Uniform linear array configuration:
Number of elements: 32
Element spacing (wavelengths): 0.75
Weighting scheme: hamming
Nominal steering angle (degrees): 15
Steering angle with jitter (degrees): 13.295
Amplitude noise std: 0.05
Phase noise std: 0.05

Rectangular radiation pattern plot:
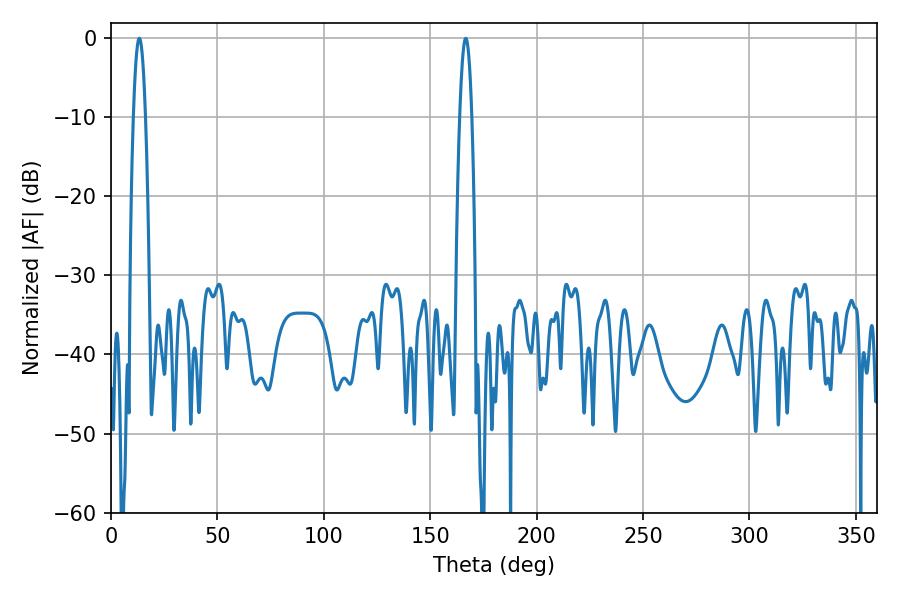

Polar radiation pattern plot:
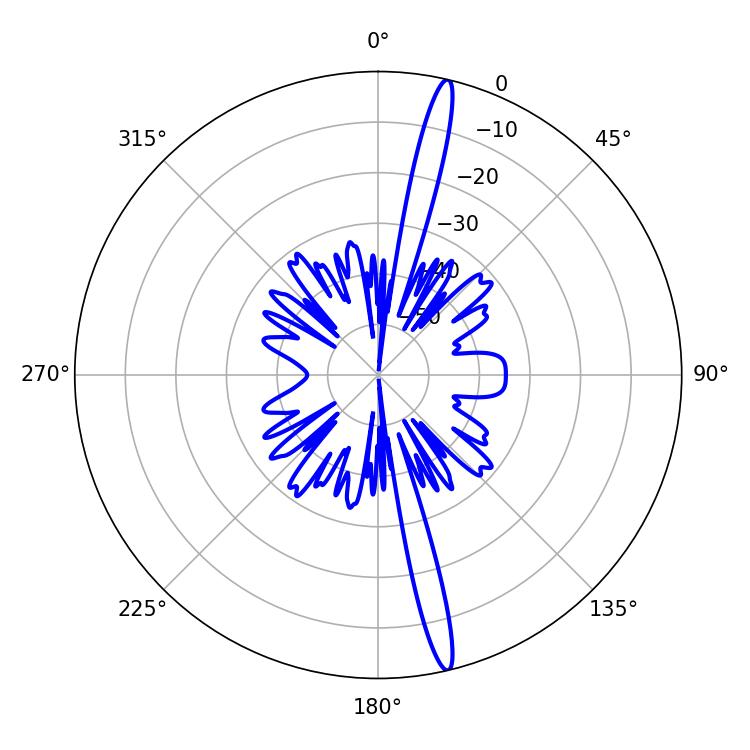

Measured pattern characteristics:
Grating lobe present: TRUE
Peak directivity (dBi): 18.621
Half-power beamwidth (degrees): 3.06
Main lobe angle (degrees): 166.68